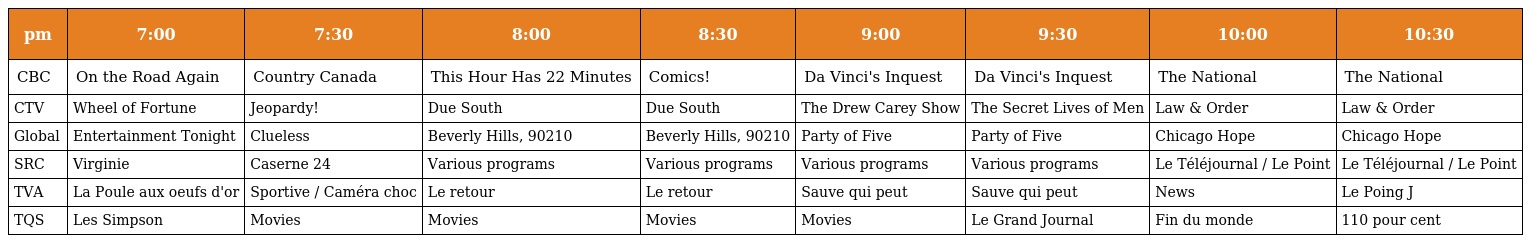
| pm | 7:00 | 7:30 | 8:00 | 8:30 | 9:00 | 9:30 | 10:00 | 10:30 |
 | --- | --- | --- | --- | --- | --- | --- | --- | --- |
 | CBC | On the Road Again | Country Canada | This Hour Has 22 Minutes | Comics! | Da Vinci's Inquest | Da Vinci's Inquest | The National | The National |
 | CTV | Wheel of Fortune | Jeopardy! | Due South | Due South | The Drew Carey Show | The Secret Lives of Men | Law & Order | Law & Order |
 | Global | Entertainment Tonight | Clueless | Beverly Hills, 90210 | Beverly Hills, 90210 | Party of Five | Party of Five | Chicago Hope | Chicago Hope |
 | SRC | Virginie | Caserne 24 | Various programs | Various programs | Various programs | Various programs | Le Téléjournal / Le Point | Le Téléjournal / Le Point |
 | TVA | La Poule aux oeufs d'or | Sportive / Caméra choc | Le retour | Le retour | Sauve qui peut | Sauve qui peut | News | Le Poing J |
 | TQS | Les Simpson | Movies | Movies | Movies | Movies | Le Grand Journal | Fin du monde | 110 pour cent |